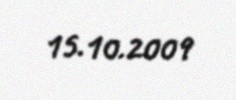
15.10.2009